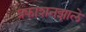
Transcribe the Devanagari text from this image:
प्रकाशनझाले